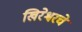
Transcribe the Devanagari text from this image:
खिरेश्वरचे